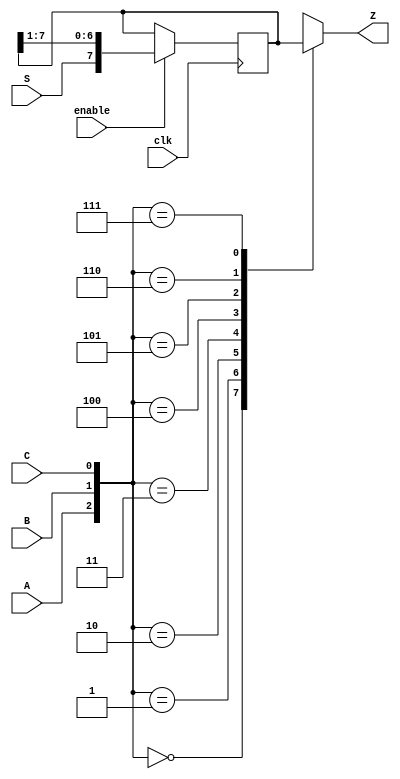
module top_module (
    input clk,
    input enable,
    input S,
    input A, B, C,
    output Z ); 
    
    reg[7:0] shift_reg;
    
    always@(posedge clk)
    begin
        if(enable)begin
            shift_reg <= {S,shift_reg[7:1]};
        end
    end
    
    always@(*) 
    begin
        case({A, B, C})
            3'd0: Z = shift_reg[7];
            3'd1: Z = shift_reg[6];
            3'd2: Z = shift_reg[5];
            3'd3: Z = shift_reg[4];
            3'd4: Z = shift_reg[3];
            3'd5: Z = shift_reg[2];
            3'd6: Z = shift_reg[1];
            3'd7: Z = shift_reg[0];
            default: Z = 8'd0;
        endcase
    end

endmodule